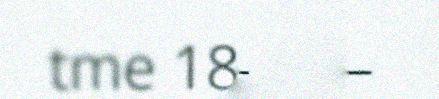
tme 18-20 –